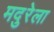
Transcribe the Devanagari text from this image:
मदुरेला